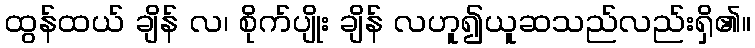
ထွန်ထယ် ချိန် လ၊ စိုက်ပျိုး ချိန် လဟူ၍ယူဆသည်လည်းရှိ၏။